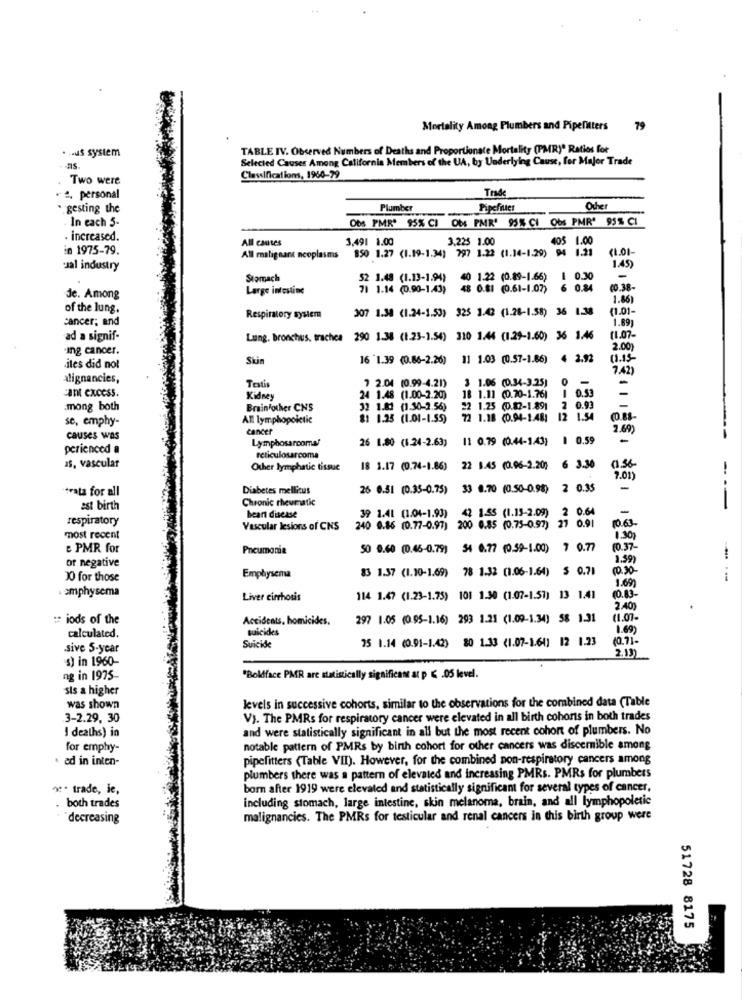
Mortality Among Plumbers and Pipefitters
79
... us system
TABLE IV. Observed Numbers of Deaths and Proportionate Mortality (PMR)" Ratios for
Selected Causes Among California Members of the UA, by Underlying Cause, for Major Trade
ns.
Two were
Clavifications, 1960-79
", personal
Trade
·gesting the
Plumber
Pipefiles
Other
In each 5-
Obs PMR. 95% CI Obs PMR' 95% CI Obs PMR' 95% CI
-
· increased.
All causes
3,491 1.00
3,225 1.00
105 1.00
in 1975-79.
850 1.27 (1.19-1.34) 797 1.22 (1.14-1.29)
94 1.21
(1.01-
All malignant neoplasms
.Jal industry
1.45)
Stomach
52 1.49 (1.13-1.94)
1.22 (0.89-1.66)
0.30
-
Large intestine
71 1.14 (0.90-1.43)
48 0.81 (0.61-1.07)
6 0.84
(0.38-
Je. Among
1.86)
of the lung.
307 1.38 (1.24-1.53) 325 3.42 (1.28-1.58) 36 1.38
(1.01-
cancer; and
Respiratory system
1.89
ad a signif-
Lung. bronchus, trachea 290 1.38 (1.23-1.54) 310 1.44 (1.29-1.60) 36 1.46
(1.07-
.ing cancer.
2.00)
Skin
16 1.39 (0.66-2.26)
11 1.03 (0.57-1.86) 4 2.92
11.15-
.iles did not
7.42)
alignancies,
7 2.04 (0.99-4.21)
1.06 (0.34-3.25)
cant excess.
1 0.53
-
Kidney
24 1.48 (1.00-2.20)
18 1.11 (0.70-1.76)
.mong both
Brainfother CNS
32 1.83 (1.30-2.56)
22 1.25 (0.82-1.891
2 0.93
se, emphy-
All lymphopoietic
8: 1.25 (1.01-1.55)
72 1.18 (0.94-1.481
12 1.54
cancer
2.692
causes was
Lymphosarcoma!
26 1.80 (1.24-2.63)
11 0.79 (0.44-1.43)
1 0.59
-
perienced a
as, vascular
reticulosarcoma
Other lymphatic tissue
18 1.17 (0.74-1.86)
22 1.45 (0.96-2.20) 6 3.30
01.56-
7.01)
"trata for all
Diabetes mellitus
26 0.51 (0.35-0.75)
33 0.70 (0.50-0.98) 2 0.35
-
Chronic rheumatic
est birth
39 1.41 (1.04-1.93)
42 1.55 (1.15-2.09)
2 0.64
-
---
respiratory
heart disease
27 0.91
Vascular lesions of CNS
240 0.86 (0.77-0.97)
200 0.85 (0.75-0.97)
most recent
1.30)
& PMR for
Pneumonia
50 0.60 (0.46-0.79) 54 6.77 (0.59-1.00) 7 0.77
10.37-
or negative
1.599
83 1.37 (1.10-1.69) 78 1.32 (1.06-1.64) 5 0.71
00.30
10 for those
Emphysema
1.69
----
. emphysema
Liver cirrhosis
114 1.47 (1.23-1.75) 101 1.30 (1.07-1.51) 13 1.41
(0.83
2.40)
: iods of the
Accidents. homicides,
297 1.05 (0.95-1.16) 293 1.21 (1.09-1.34) 58 1.31
(1.07-
calculated.
suicides
1.69
95 1.14 (0.91-1.42) 80 1.33 (1.07-1.61) 12 1.23
(0.71-
.sive S-year
Suicide
2.13)
's) in 1960-
ng in 1975-
"Boldface PMR are statistically significant at p < . 05 level.
sis a higher
levels in successive cohorts, similar to the observations for the combined data (Table
was shown
3-2.29. 30
V). The PMRs for respiratory cancer were elevated in all birth cohorts in both trades
I deaths) in
and were statistically significant in all but the most recent cohort of plumbers. No
for emphy-
notable pattern of PMRs by birth cohort for other cancers was discernible among
. ad in inten-
pipefitters <Table VII). However, for the combined non-respiratory cancers among
plumbers there was a pattern of elevated and increasing PMRs. PMRs for plumbers
*** trade, ie,
born after 1919 were elevated and statistically significant for several types of cancer,
including stomach, large intestine, skin melanoma, brain, and all lymphopoletic
both trades
decreasing
malignancies. The PMRs for testicular and renal cancers in this birth group were
51728 8175